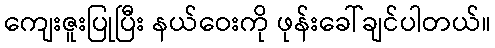
ကျေးဇူးပြုပြီး နယ်ဝေးကို ဖုန်းခေါ်ချင်ပါတယ်။